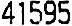
41595